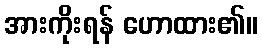
အားကိုးရန် ဟောထား၏။